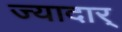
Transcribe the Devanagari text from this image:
ज्यादार्